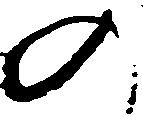
の